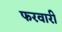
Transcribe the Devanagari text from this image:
फरवारी